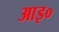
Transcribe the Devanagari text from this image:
आइ०